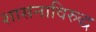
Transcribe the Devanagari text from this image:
शासनाविरुद्ध